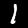
Label: 1